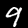
Digit: 9